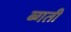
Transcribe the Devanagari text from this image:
ब्गती